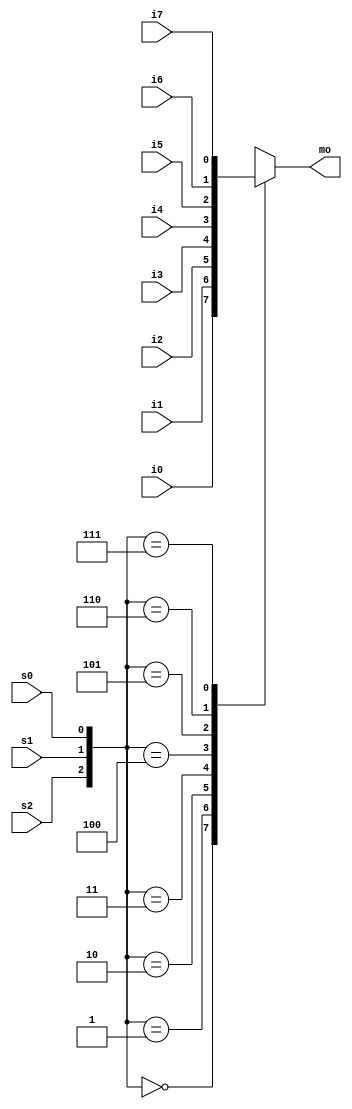
module mux(
	input i0, i1, i2, i3, i4, i5, i6, i7,
	input s0, s1, s2,
	output reg mo
);
always @(*)
begin
	case ({s2, s1, s0})
		3'b000: mo = i0;
		3'b001: mo = i1;
		3'b010: mo = i2;
		3'b011: mo = i3;
		3'b100: mo = i4;
		3'b101: mo = i5;
		3'b110: mo = i6;
		3'b111: mo = i7;
		default: mo = 1'bx;
	endcase
end
endmodule

module dff(
	input clock, reset,
	input d,
	output reg q
);
always @(posedge clock, posedge reset)
begin
	if (reset)
		q <= 0;
	else
		q <= d;
end
endmodule

module decoder(
	input i0, i1, i2,
	output o0, o1, o2, o3, o4, o5, o6, o7
);
assign o0 = {i2, i1, i0} == 3'b000;
assign o1 = {i2, i1, i0} == 3'b001;
assign o2 = {i2, i1, i0} == 3'b010;
assign o3 = {i2, i1, i0} == 3'b011;
assign o4 = {i2, i1, i0} == 3'b100;
assign o5 = {i2, i1, i0} == 3'b101;
assign o6 = {i2, i1, i0} == 3'b110;
assign o7 = {i2, i1, i0} == 3'b111;
endmodule